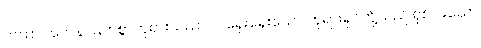
တထာဂတေန၊ မြတ်စွာဘုရားသည်။ ဝါ၊ ရှေးရှေးသော ဘုရားရှင်တို့သည် ရှစ်ပါးသော